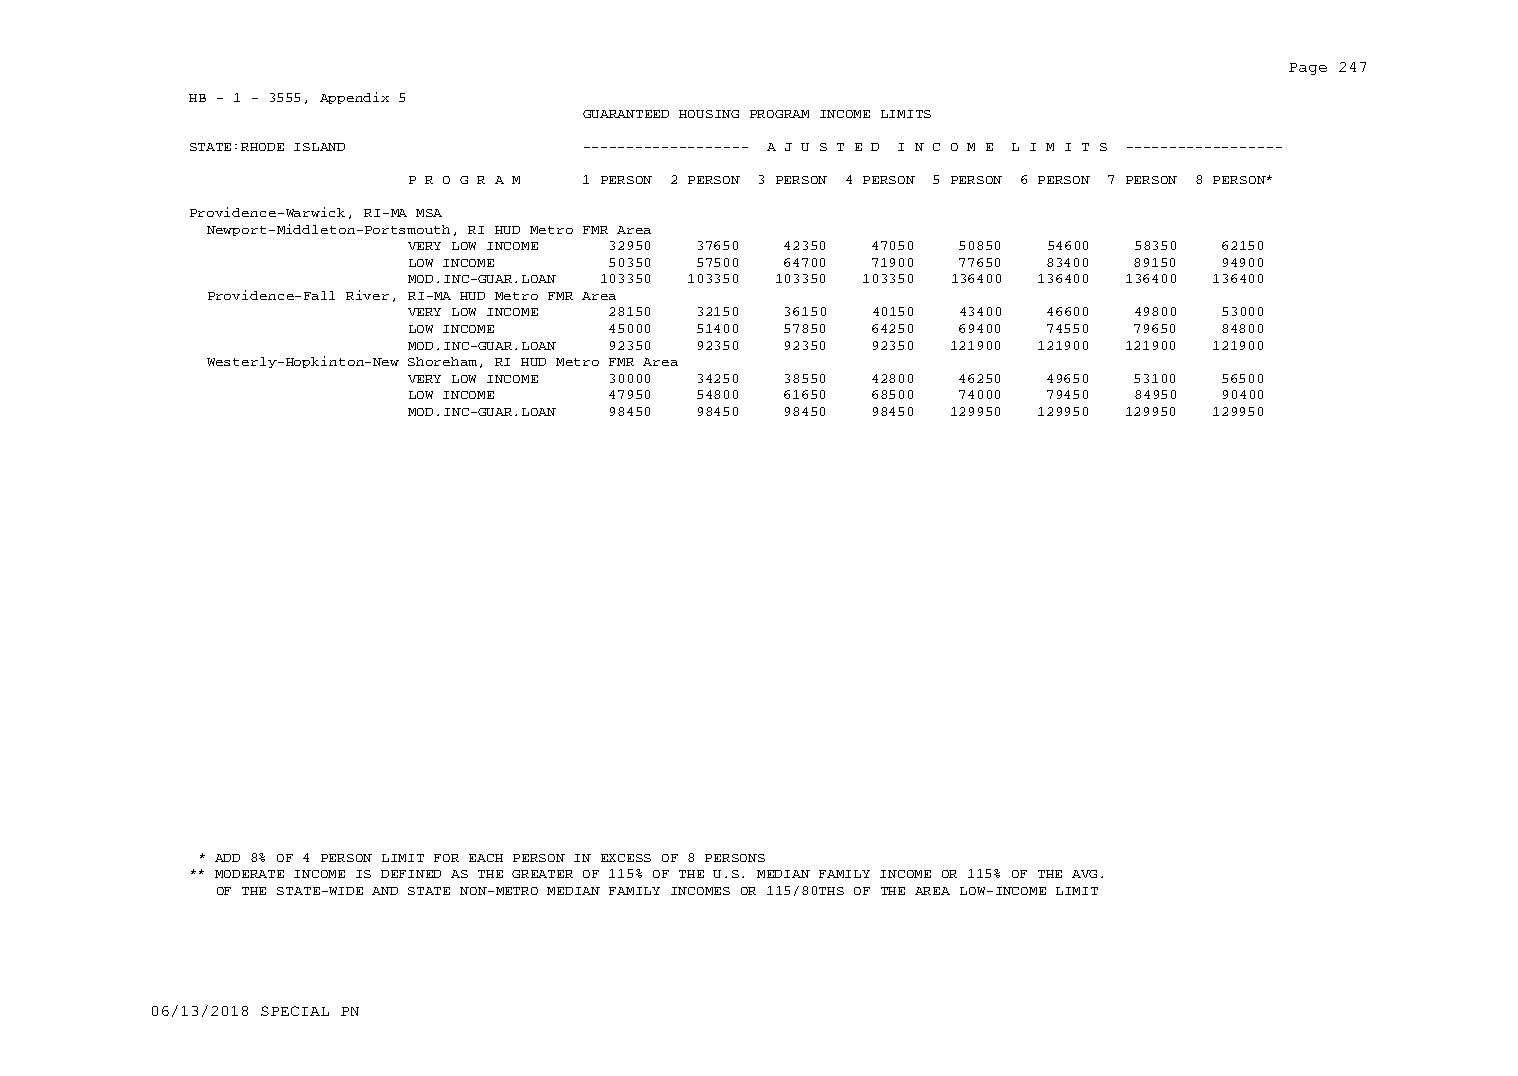
Page 247
 HB - 1 - 3555, Appendix 5
 GUARANTEED HOUSING PROGRAM INCOME LIMITS
 STATE:RHODE ISLAND        ------------------- A J U S T E D I N C O M E L I M I T S ------------------
 P R O G R A M 1 PERSON 2 PERSON 3 PERSON 4 PERSON 5 PERSON 6 PERSON 7 PERSON 8 PERSON*
 Providence-Warwick, RI-MA MSA
 Newport-Middleton-Portsmouth, RI HUD Metro FMR Area
 VERY LOW INCOME 32950 37650 42350 47050 50850 54600 58350 62150
 LOW INCOME    50350 57500 64700 71900 77650 83400 89150 94900
 MOD.INC-GUAR.LOAN 103350 103350 103350 103350 136400 136400 136400 136400
 Providence-Fall River, RI-MA HUD Metro FMR Area
 VERY LOW INCOME 28150 32150 36150 40150 43400 46600 49800 53000
 LOW INCOME    45000 51400 57850 64250 69400 74550 79650 84800
 MOD.INC-GUAR.LOAN 92350 92350 92350 92350 121900 121900 121900 121900
 Westerly-Hopkinton-New Shoreham, RI HUD Metro FMR Area
 VERY LOW INCOME 30000 34250 38550 42800 46250 49650 53100 56500
 LOW INCOME    47950 54800 61650 68500 74000 79450 84950 90400
 MOD.INC-GUAR.LOAN 98450 98450 98450 98450 129950 129950 129950 129950
 * ADD 8% OF 4 PERSON LIMIT FOR EACH PERSON IN EXCESS OF 8 PERSONS
 ** MODERATE INCOME IS DEFINED AS THE GREATER OF 115% OF THE U.S. MEDIAN FAMILY INCOME OR 115% OF THE AVG.
 OF THE STATE-WIDE AND STATE NON-METRO MEDIAN FAMILY INCOMES OR 115/80THS OF THE AREA LOW-INCOME LIMIT
 06/13/2018 SPECIAL PN